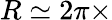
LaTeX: R\simeq 2\pi\times